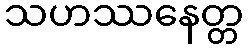
သဟဿနေတ္တ